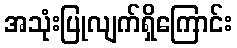
အသုံးပြုလျက်ရှိကြောင်း